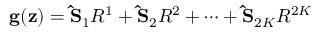
\mathbf { g } ( \mathbf { z } ) = \mathbf { \hat { S } } _ { 1 } R ^ { 1 } + \mathbf { \hat { S } } _ { 2 } R ^ { 2 } + \dots + \mathbf { \hat { S } } _ { 2 K } R ^ { 2 K }